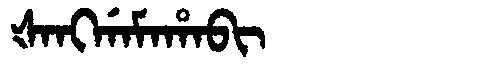
Manchu: ᡧᠠᠩᡤᠠᠮᠠᡥᠠᠪᡳ
Romanization: ŠANGGAMAHABI